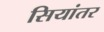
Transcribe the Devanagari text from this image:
सियांतर